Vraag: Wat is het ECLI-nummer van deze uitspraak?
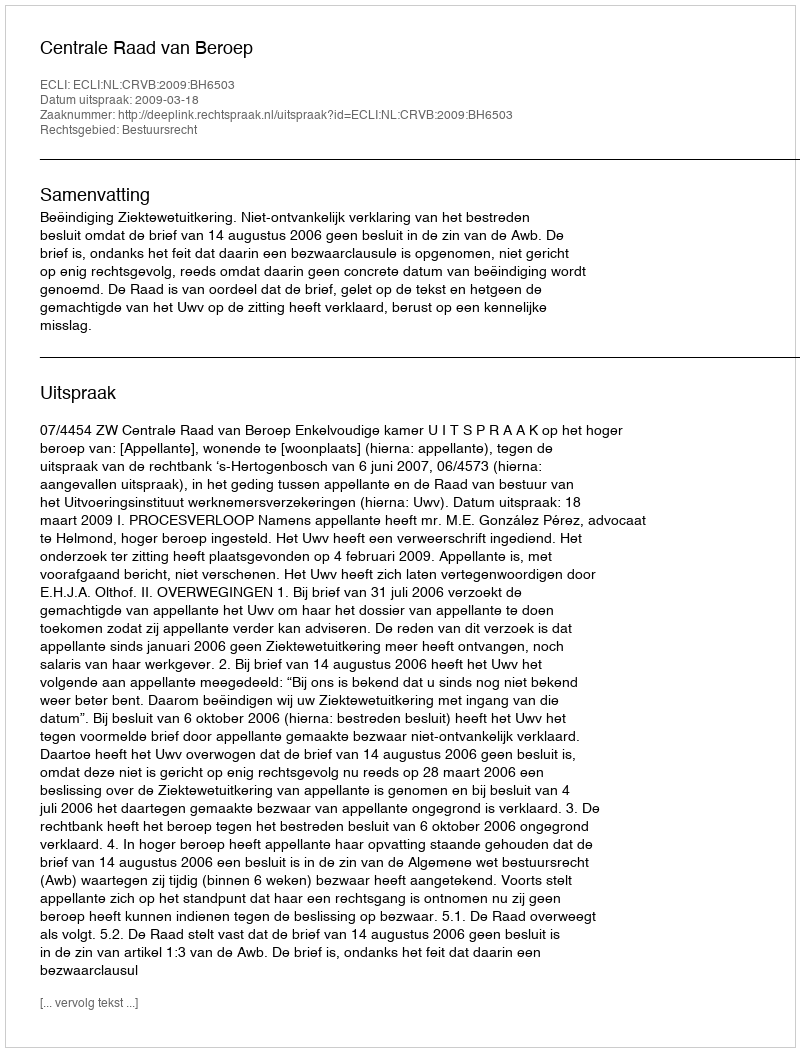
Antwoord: ECLI:NL:CRVB:2009:BH6503